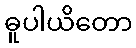
ဓူပါယိတော